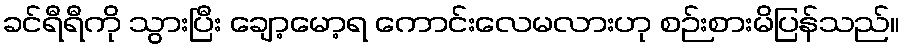
ခင်ရီရီကို သွားပြီး ချော့မော့ရ ကောင်းလေမလားဟု စဉ်းစားမိပြန်သည်။